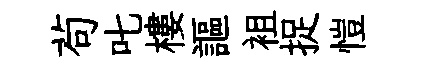
茍叱樓謳袓捉愷